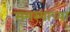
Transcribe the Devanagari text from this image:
समस्याच्या